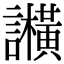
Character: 𬣕